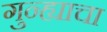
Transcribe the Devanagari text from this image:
गुन्ह्याचा